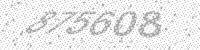
Solution: 875608